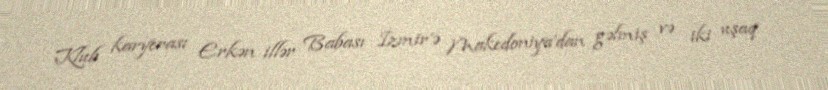
Klub karyerası Erkən illər Babası İzmir'ə Makedoniya'dan gəlmiş və iki uşaq